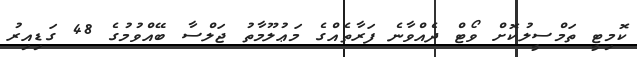
ކޮމިޓީ ތަމްސީލުކޮށް ވޯޓް ދެއްވާނެ ފަރާތެއްގެ މަޢުލޫމާތު ޖަލްސާ ބޭއްވުމުގެ 48 ގަޑިއިރު